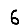
Digit: 6